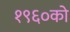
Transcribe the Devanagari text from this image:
१९६०को